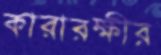
কারারক্ষীর